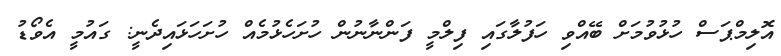
އޮލިމްޕަސް ހުޅުވުމަށް ބޭއްވި ހަފުލާގައި ފިލްމީ ފަންނާނުން ހުށަހެޅުމެއް ހުށަހަޅައިދެނީ: ގައުމީ އެވޯޑު